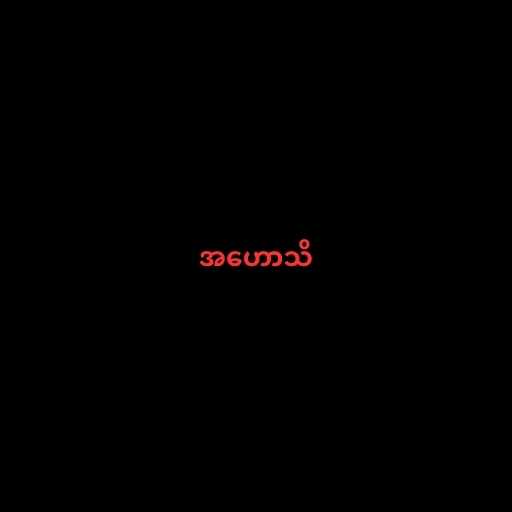
အဟောသိ